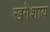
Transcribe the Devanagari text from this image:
खगेशाय